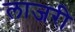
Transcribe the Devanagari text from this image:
लाजरी